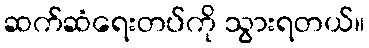
ဆက်ဆံရေးတပ်ကို သွားရတယ်။